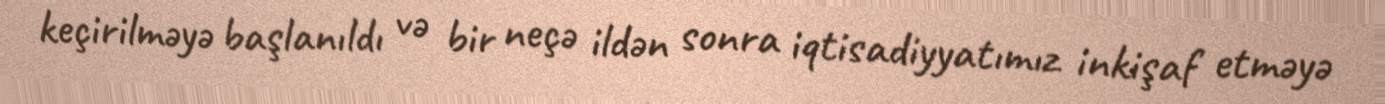
keçirilməyə başlanıldı və bir neçə ildən sonra iqtisadiyyatımız inkişaf etməyə